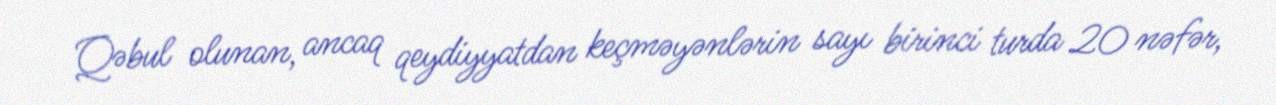
Qəbul olunan, ancaq qeydiyyatdan keçməyənlərin sayı birinci turda 20 nəfər,